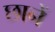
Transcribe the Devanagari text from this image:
छानें